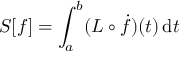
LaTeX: S [ f ] = \int _ { a } ^ { b } ( L \circ { \dot { f } } ) ( t ) \, \mathrm { d } t